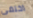
اختفى